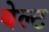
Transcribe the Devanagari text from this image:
बेल्‍ट